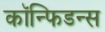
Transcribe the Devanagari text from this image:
कॉन्फिडन्स